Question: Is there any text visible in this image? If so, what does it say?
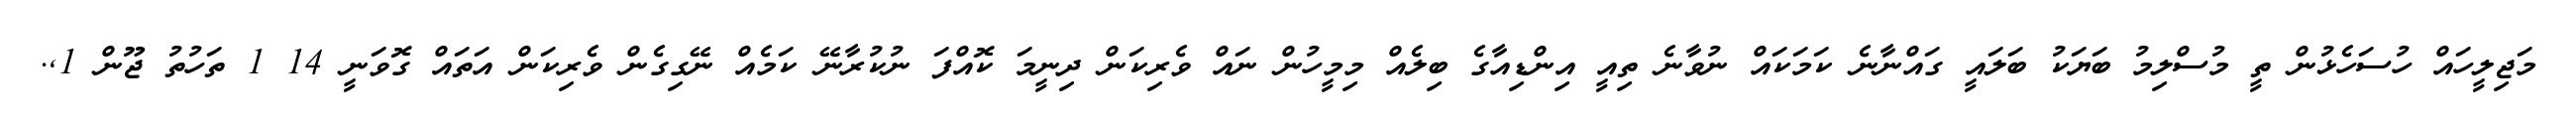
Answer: މަޖިލީހައް ހުސަހެޅުން ތީ މުސްލިމު ބަޔަކު ބަލައީ ގައްނާނެ ކަމަކައް ނުވާނެ ތިއީ އިންޑިއާގެ ބިލެއް މިމީހުން ނައް ވެރިކަން ދިނީމަ ކޮއްފަ ނުކުރާނޭ ކަމެއް ނޭގިގެން ވެރިކަން އަތައް ގޮވަނީ 14 1 ތަހުތު ޖޫން 1,.